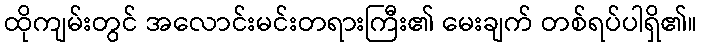
ထိုကျမ်းတွင် အလောင်းမင်းတရားကြီး၏ မေးချက် တစ်ရပ်ပါရှိ၏။